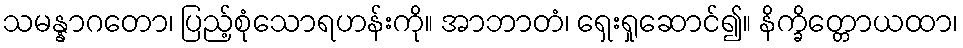
သမန္နာဂတော၊ ပြည့်စုံသောရဟန်းကို။ အာဘာတံ၊ ရှေးရှုဆောင်၍။ နိက္ခိတ္တောယထာ၊